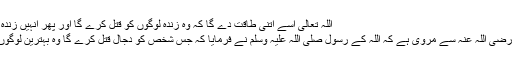
اللہ تعالیٰ اسے اتنی طاقت دے گا کہ وہ زندہ لوگوں کو قتل کرے گا اور پھر انہیں زندہ بھی کردے گا:
ابوسعید خدری رضی اللہ عنہ سے مروی ہے کہ اللہ کے رسول صلی اللہ علیہ وسلم نے فرمایا کہ جس شخص کو دجال قتل کرے گا وہ بہترین لوگوں میں سے ہوگا۔